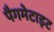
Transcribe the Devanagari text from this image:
पैगमेटाइट